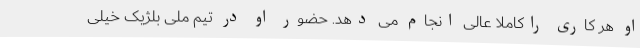
او هر کاری راکاملاً عالی انجام می دهد. حضور او در تیم ملی بلژیک خیلی